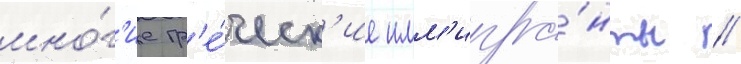
мно́г'ие гр'е́ческ'ие имм'игра́нты //